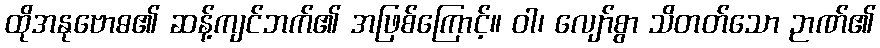
ထိုအနုဗောဓ၏ ဆန့်ကျင်ဘက်၏ အဖြစ်ကြောင့်။ ဝါ၊ လျော်စွာ သိတတ်သော ဉာဏ်၏